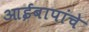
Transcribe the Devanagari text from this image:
आईबापांचे